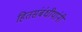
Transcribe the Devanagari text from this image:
हितसंबंधीयांनी